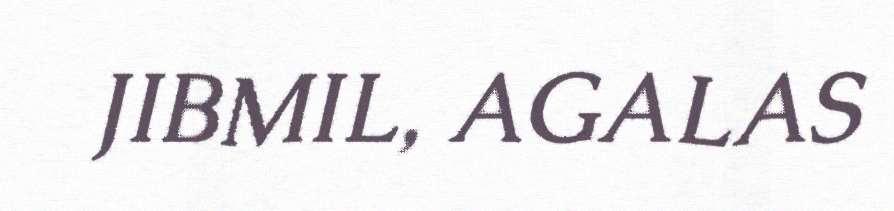
JIBMIL, AGALAS